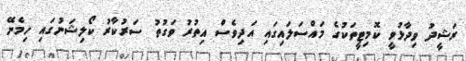
ރަޝީދު ވިދާޅުވީ ކޮމިޓީތަކުގެ މައްސަލައިގައި އަދިވެސް އިތުރު ވަގުތު ސަރުކާރު ކޯލިޝަނުގައި ހިމެނޭ